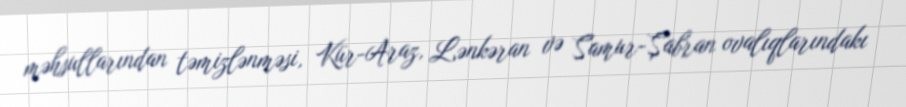
məhsullarından təmizlənməsi, Kür-Araz, Lənkəran və Samur-Şabran ovalıqlarındakı